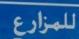
v